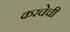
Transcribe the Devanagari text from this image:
करचेची